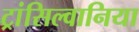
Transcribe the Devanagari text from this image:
ट्रांसिल्वानिया